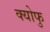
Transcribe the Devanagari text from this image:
क्योफु